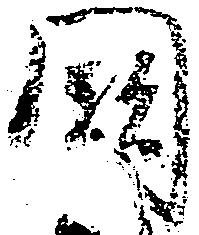
闕